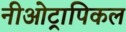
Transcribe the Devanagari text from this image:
नीओट्रापिकल